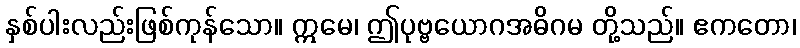
နှစ်ပါးလည်းဖြစ်ကုန်သော။ ဣမေ၊ ဤပုဗ္ဗယောဂအဓိဂမ တို့သည်။ ဧကတော၊